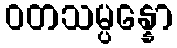
ဝတသမ္ပန္နော